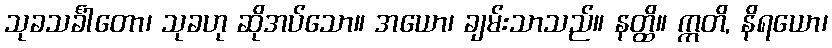
သုခသင်္ခါတော၊ သုခဟု ဆိုအပ်သော။ အယော၊ ချမ်းသာသည်။ နတ္ထိ။ ဣတိ, နိရယော၊